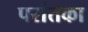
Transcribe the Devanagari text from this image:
परांतका